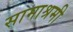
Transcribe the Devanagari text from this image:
सामाश्रमी